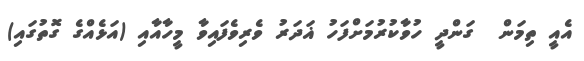
އެއީ ތިމަން  ގަންދީ ހުވާކުރުމަށްފަހު ޣަދަރު ވެރިވެފައިވާ މީހާއާއި (އަޅެއްގެ ގޮތުގައި)